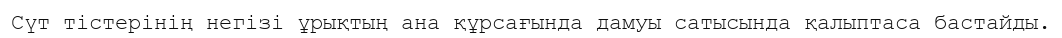
Сүт тістерінің негізі ұрықтың ана құрсағында дамуы сатысында қалыптаса бастайды.